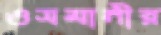
ওসমানীর